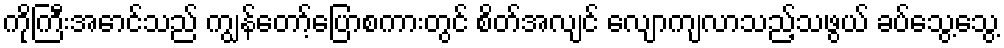
ကိုကြီးအောင်သည် ကျွန်တော့်ပြောစကားတွင် စိတ်အလျင် လျောကျလာသည့်သဖွယ် ခပ်သွေ့သွေ့